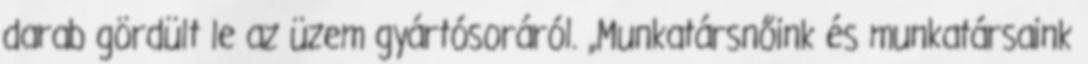
darab gördült le az üzem gyártósoráról. „Munkatársnőink és munkatársaink